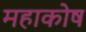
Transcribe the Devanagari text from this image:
महाकोष